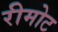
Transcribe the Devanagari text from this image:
रीमोट